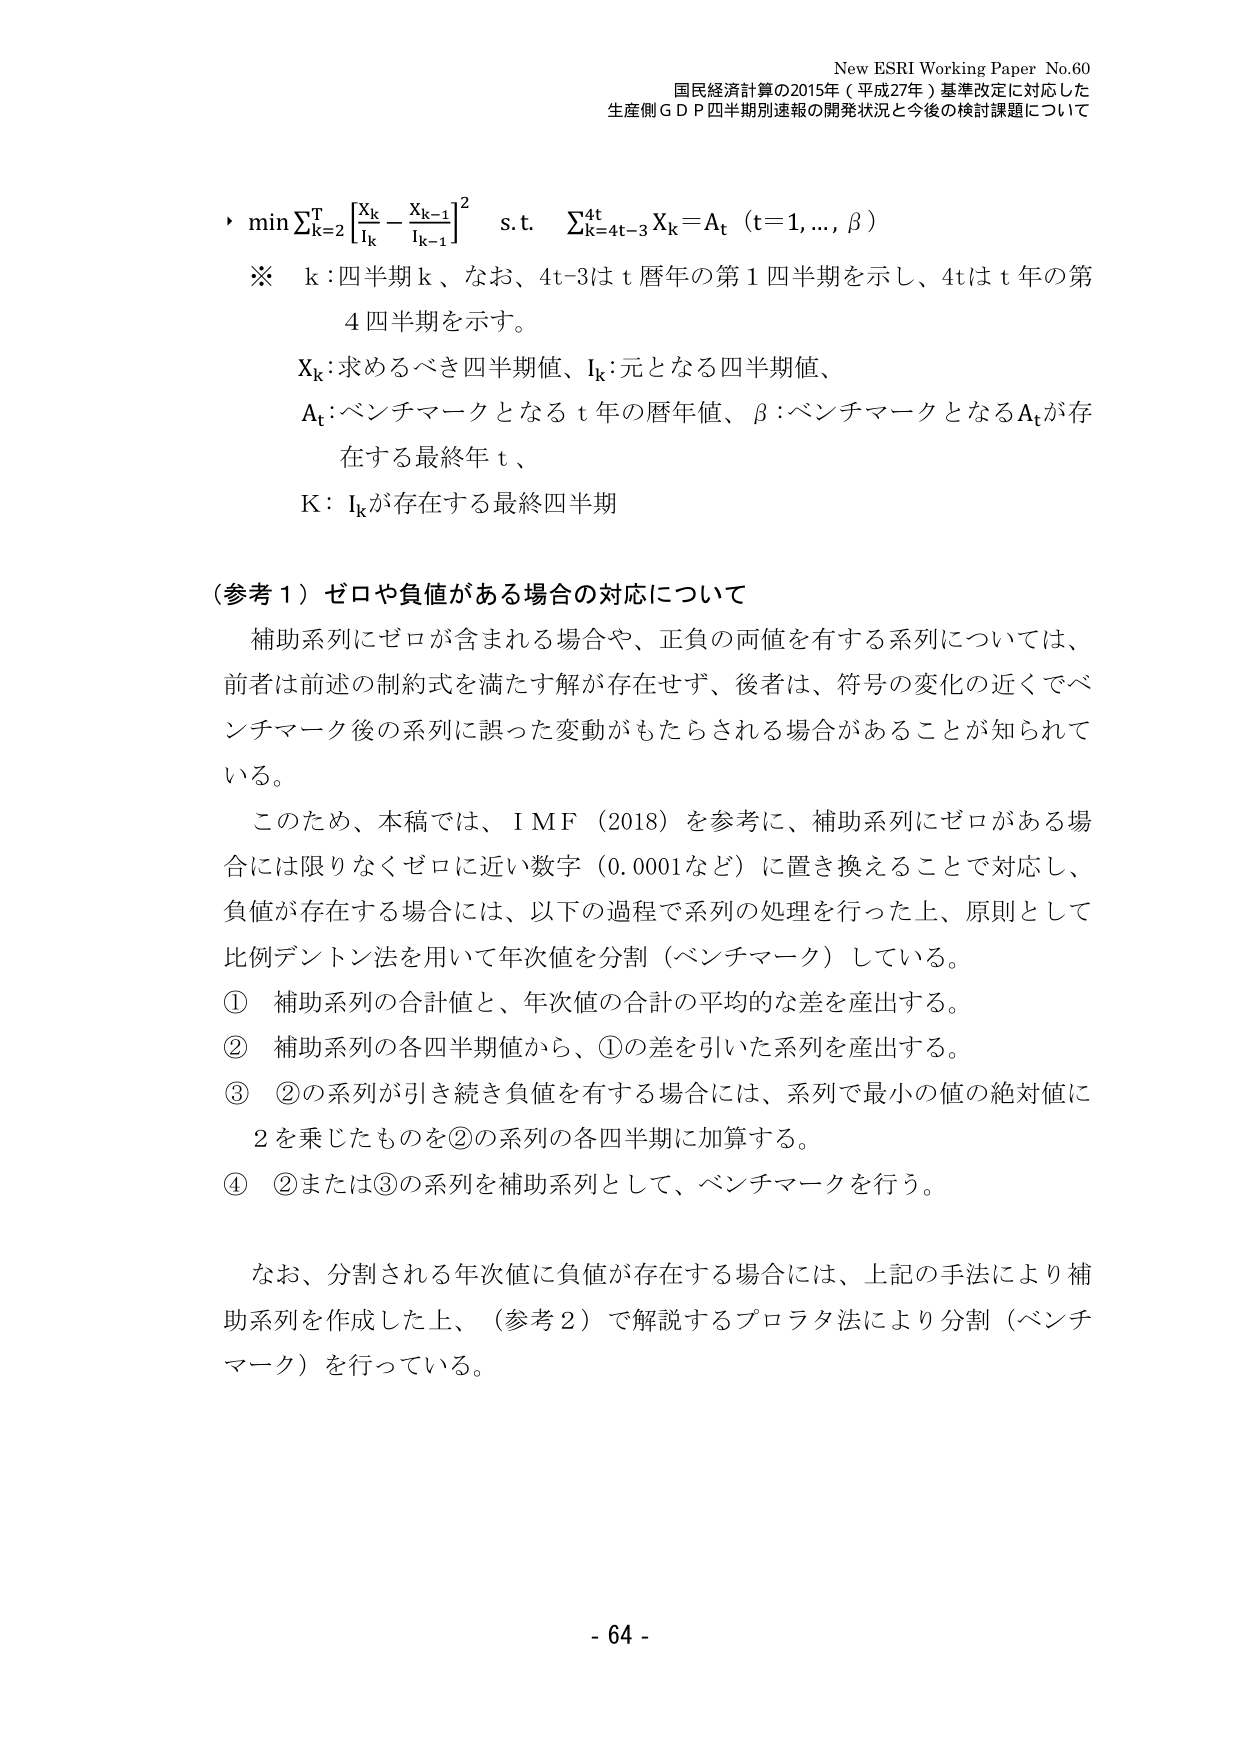
New ESRI Working Paper No.60
国民経済計算の2015年（平成27年）基準改定に対応した
生産側ＧＤＰ四半期別速報の開発状況と今後の検討課題について

・ min Σₖ=₂ᵀ [ (Xₖ / Iₖ) - (Xₖ₋₁ / Iₖ₋₁) ]²  s.t.  Σₖ=₄ₜ₋₃⁴ₜ Xₖ = Aₜ  (t=1,..., β)

※ k：四半期 k、なお、4t-3は t 暦年の第 1 四半期を示し、4tは t 年の第 4 四半期を示す。
Xₖ：求めるべき四半期値、Iₖ：元となる四半期値、
Aₜ：ベンチマークとなる t 年の暦年値、β：ベンチマークとなるAₜが存在する最終年 t、
K：Iₖが存在する最終四半期

（参考 1）ゼロや負値がある場合の対応について
補助系列にゼロが含まれる場合や、正負の両値を有する系列については、
前者は前述の制約式を満たす解が存在せず、後者は、符号の変化の近くでベンチマーク後の系列に誤った変動がもたらされる場合があることが知られている。

このため、本稿では、ＩＭＦ（2018）を参考に、補助系列にゼロがある場合には限りなくゼロに近い数字（0.0001など）に置き換えることで対応し、
負値が存在する場合には、以下の過程で系列の処理を行った上、原則として比例デントン法を用いて年次値を分割（ベンチマーク）している。

① 補助系列の合計値と、年次値の合計の平均的な差を産出する。
② 補助系列の各四半期値から、①の差を引いた系列を産出する。
③ ②の系列が引き続き負値を有する場合には、系列で最小の値の絶対値に2を乗じたものを②の系列の各四半期に加算する。
④ ②または③の系列を補助系列として、ベンチマークを行う。

なお、分割される年次値に負値が存在する場合には、上記の手法により補助系列を作成した上、（参考 2）で解説するプロラタ法により分割（ベンチマーク）を行っている。

- 64 -